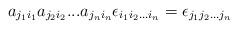
LaTeX: \begin{align*}a_{j_1i_1} a_{j_2i_2} ... a_{j_ni_n} \epsilon_{i_1 i_2 ...i_n} = \epsilon_{j_1 j_2 ... j_n}\end{align*}